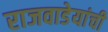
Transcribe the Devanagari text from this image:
राजवाडेयांची